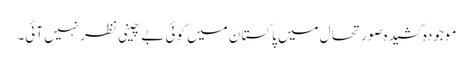
موجودہ کشیدہ صورتحال میں پاکستان میں کوئی بے چینی نظرنہیں آئی۔